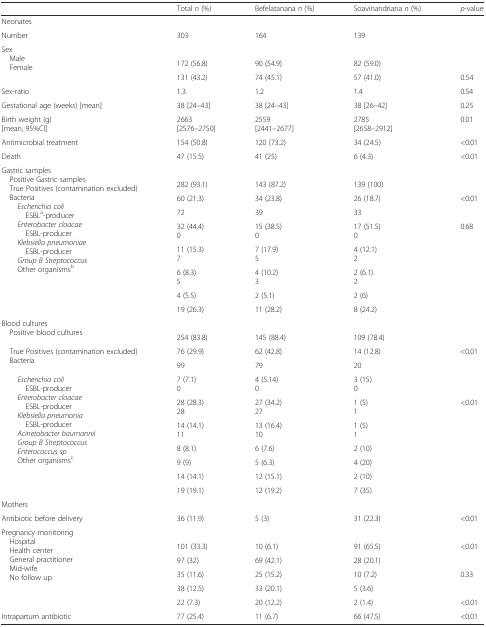
<table><thead><tr><td></td><td><b>Total <i>n</i> (%)</b></td><td><b>Befelatanana <i>n</i> (%)</b></td><td><b>Soavinandriana <i>n</i> (%)</b></td><td><b><i>p</i>-value</b></td></tr></thead><tbody><tr><td colspan="5">Neonates</td></tr><tr><td>Number</td><td>303</td><td>164</td><td>139</td><td></td></tr><tr><td rowspan="3">Sex Male Female</td><td></td><td></td><td></td><td></td></tr><tr><td>172 (56.8)</td><td>90 (54.9)</td><td>82 (59.0)</td><td></td></tr><tr><td>131 (43.2)</td><td>74 (45.1)</td><td>57 (41.0)</td><td>0.54</td></tr><tr><td>Sex-ratio</td><td>1.3</td><td>1.2</td><td>1.4</td><td>0.54</td></tr><tr><td>Gestational age (weeks) [mean]</td><td>38 [24–43]</td><td>38 [24–43]</td><td>38 [26–42]</td><td>0.25</td></tr><tr><td>Birth weight (g)[mean, 95%CI]</td><td>2663[2576–2750]</td><td>2559[2441–2677]</td><td>2785[2658–2912]</td><td>0.01</td></tr><tr><td>Antimicrobial treatment</td><td>154 (50.8)</td><td>120 (73.2)</td><td>34 (24.5)</td><td>&lt;0.01</td></tr><tr><td>Death</td><td>47 (15.5)</td><td>41 (25)</td><td>6 (4.3)</td><td>&lt;0.01</td></tr><tr><td rowspan="9">Gastric samples Positive Gastric samples True Positives (contamination excluded) Bacteria<i>Escherichia coli</i>ESBL<sup>a</sup>-producer<i>Enterobacter cloacae</i>ESBL-producer<i>Klebsiella pneumoniae</i>ESBL-producer<i>Group B Streptococcus</i>Other organisms<sup>b</sup></td><td></td><td></td><td></td><td rowspan="2"></td></tr><tr><td>282 (93.1)</td><td>143 (87.2)</td><td>139 (100)</td></tr><tr><td>60 (21.3)</td><td>34 (23.8)</td><td>26 (18.7)</td><td>&lt;0.01</td></tr><tr><td>72</td><td>39</td><td>33</td><td></td></tr><tr><td>32 (44.4)0</td><td>15 (38.5)0</td><td>17 (51.5)0</td><td>0.68</td></tr><tr><td>11 (15.3)7</td><td>7 (17.9)5</td><td>4 (12.1)2</td><td></td></tr><tr><td>6 (8.3)5</td><td>4 (10.2)3</td><td>2 (6.1)2</td><td></td></tr><tr><td>4 (5.5)</td><td>2 (5.1)</td><td>2 (6)</td><td></td></tr><tr><td>19 (26.3)</td><td>11 (28.2)</td><td>8 (24.2)</td><td></td></tr><tr><td rowspan="2">Blood cultures Positive blood cultures</td><td></td><td></td><td></td><td rowspan="2"></td></tr><tr><td>254 (83.8)</td><td>145 (88.4)</td><td>109 (78.4)</td></tr><tr><td rowspan="2"> True Positives (contamination excluded) Bacteria</td><td>76 (29.9)</td><td>62 (42.8)</td><td>14 (12.8)</td><td>&lt;0.01</td></tr><tr><td>99</td><td>79</td><td>20</td><td></td></tr><tr><td rowspan="7"><i>Escherichia coli</i>ESBL-producer<i>Enterobacter cloacae</i>ESBL-producer<i>Klebsiella pneumonia</i>ESBL-producer<i>Acinetobacter baumannii</i><i>Group B Streptococcus</i><i>Enterococcus sp</i>Other organisms<sup>c</sup></td><td>7 (7.1)0</td><td>4 (5.14)0</td><td>3 (15)0</td><td></td></tr><tr><td>28 (28.3)28</td><td>27 (34.2)27</td><td>1 (5)1</td><td rowspan="2">&lt;0.01</td></tr><tr><td>14 (14.1)11</td><td>13 (16.4)10</td><td>1 (5)1</td></tr><tr><td>8 (8.1)</td><td>6 (7.6)</td><td>2 (10)</td><td></td></tr><tr><td>9 (9)</td><td>5 (6.3)</td><td>4 (20)</td><td></td></tr><tr><td>14 (14.1)</td><td>12 (15.1)</td><td>2 (10)</td><td></td></tr><tr><td>19 (19.1)</td><td>12 (19.2)</td><td>7 (35)</td><td></td></tr><tr><td colspan="5">Mothers</td></tr><tr><td>Antibiotic before delivery</td><td>36 (11.9)</td><td>5 (3)</td><td>31 (22.3)</td><td>&lt;0.01</td></tr><tr><td rowspan="6">Pregnancy monitoring Hospital Health center General practitioner Mid-wife No follow up</td><td colspan="4"></td></tr><tr><td>101 (33.3)</td><td>10 (6.1)</td><td>91 (65.5)</td><td>&lt;0.01</td></tr><tr><td>97 (32)</td><td>69 (42.1)</td><td>28 (20.1)</td><td></td></tr><tr><td>35 (11.6)</td><td>25 (15.2)</td><td>10 (7.2)</td><td>0.33</td></tr><tr><td>38 (12.5)</td><td>33 (20.1)</td><td>5 (3.6)</td><td></td></tr><tr><td>22 (7.3)</td><td>20 (12.2)</td><td>2 (1.4)</td><td>&lt;0.01</td></tr><tr><td>Intrapartum antibiotic</td><td>77 (25.4)</td><td>11 (6.7)</td><td>66 (47.5)</td><td>&lt;0.01</td></tr></tbody></table>